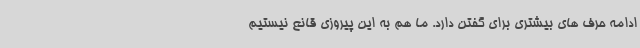
ادامه حرف های بیشتری برای گفتن دارد. ما هم به این پیروزی قانع نیستیم